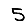
Digit: 5